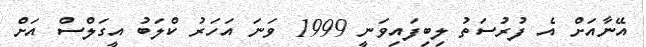
އޭނާއަށް އެ ފުރުސަތު ލިބިފައިވަނީ 1999 ވަނަ އަހަރު ކްލަބު އީގަލްސް އަށް